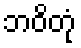
ဘဝိတုံ